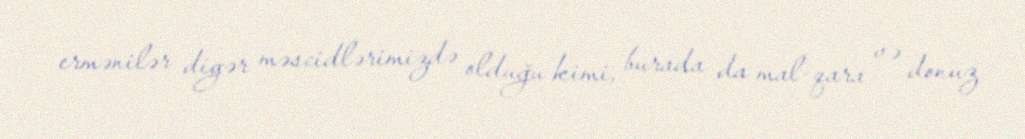
ermənilər digər məscidlərimizdə olduğu kimi, burada da mal-qara və donuz